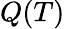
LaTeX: Q(T)